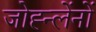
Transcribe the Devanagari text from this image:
जोह्न्लेंनों